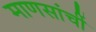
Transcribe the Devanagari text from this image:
माणसांचीं